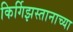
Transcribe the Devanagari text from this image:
किर्गिझस्तानाच्या